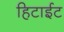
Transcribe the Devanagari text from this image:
हिटाईट